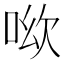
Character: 𠲭